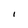
Character: I